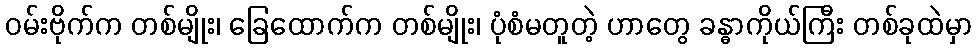
ဝမ်းဗိုက်က တစ်မျိုး၊ ခြေထောက်က တစ်မျိုး၊ ပုံစံမတူတဲ့ ဟာတွေ ခန္ဓာကိုယ်ကြီး တစ်ခုထဲမှာ